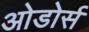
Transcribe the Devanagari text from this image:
ओडोर्स